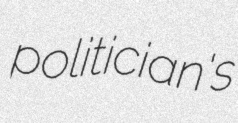
politician's